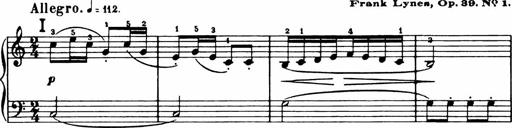
Title: Analytical Sonatinas
Composer: Frank Lynes